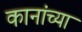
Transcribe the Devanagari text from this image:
कानांच्या